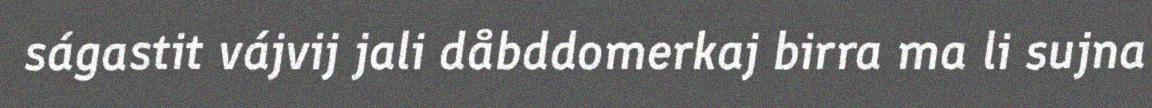
ságastit vájvij jali dåbddomerkaj birra ma li sujna